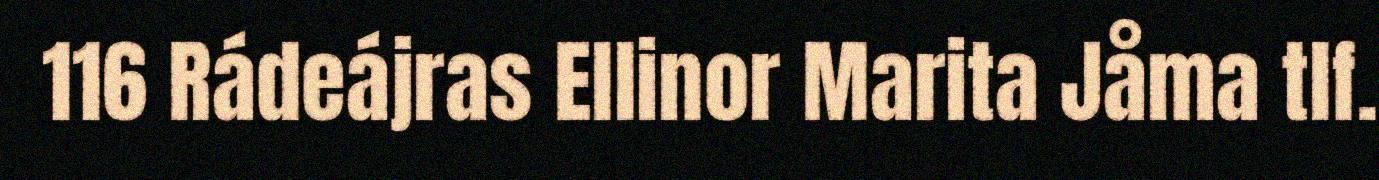
116 Rádeájras Ellinor Marita Jåma tlf.